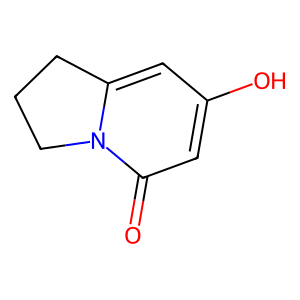
SMILES: O=c1cc(O)cc2n1CCC2
Inhibits HIV replication: No